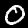
Label: 0